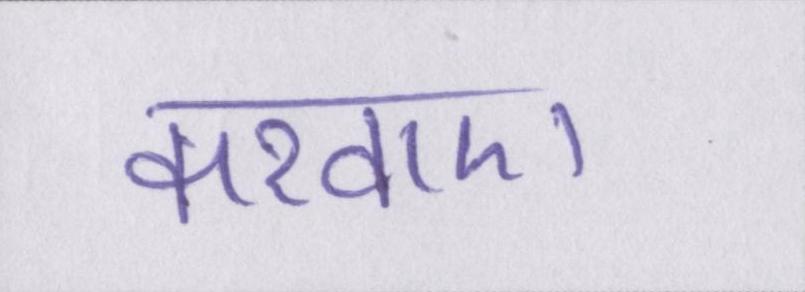
करवाए